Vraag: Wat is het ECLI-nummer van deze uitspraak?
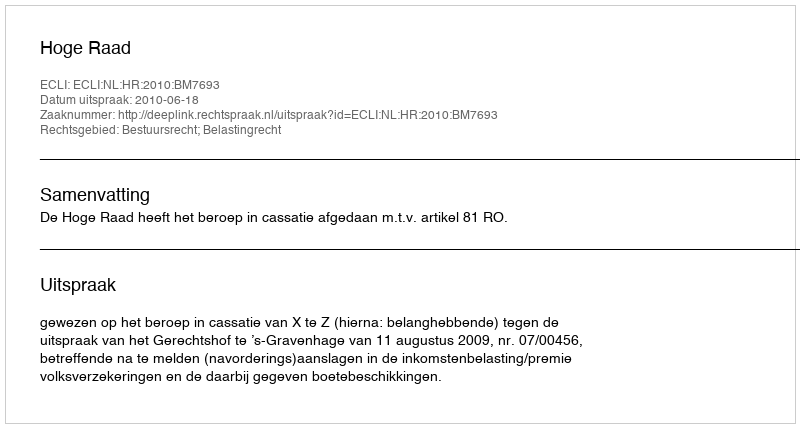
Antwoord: ECLI:NL:HR:2010:BM7693